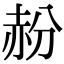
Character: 𬦁